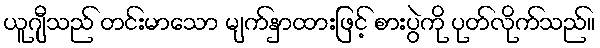
ယူဂျီသည် တင်းမာသော မျက်နှာထားဖြင့် စားပွဲကို ပုတ်လိုက်သည်။